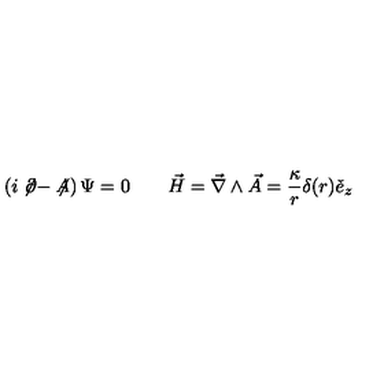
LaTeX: \left( i \not \! \partial - \not \! \! A \right) \Psi = 0 \qquad \vec { H } = \vec { \nabla } \wedge \vec { A } = \frac { \kappa } { r } \delta ( r ) \check { e } _ { z }